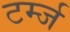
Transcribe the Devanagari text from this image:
टर्म्ज